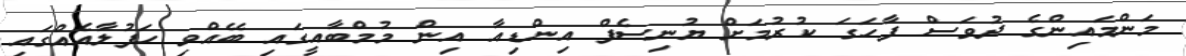
މަންމައިންގެ ދުވަސް ފާހަގަ ކުރުމަށް ޔުނިސެފް އިންޑިއާ އިން މުމްބާއީގައި ބޭއްވި ހަފުލާއެއްގައި